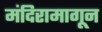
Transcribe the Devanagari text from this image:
मंदिरामागून